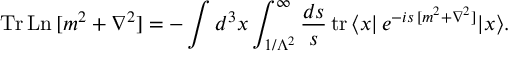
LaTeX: \mathrm { T r \, L n } \, [ m ^ { 2 } + \nabla ^ { 2 } ] = - \int d ^ { 3 } x \int _ { 1 / \Lambda ^ { 2 } } ^ { \infty } \frac { d s } { s } \, \mathrm { t r } \, \langle x | \, e ^ { - i s \, [ m ^ { 2 } + \nabla ^ { 2 } ] } | x \rangle .